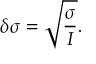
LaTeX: \delta \sigma = \sqrt { \frac { \sigma } { \cal I } } .